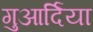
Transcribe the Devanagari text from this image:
गुआर्दिया